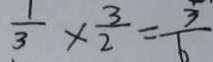
\frac { 1 } { 3 } \times \frac { 3 } { 2 } = \frac { 3 } { 6 }